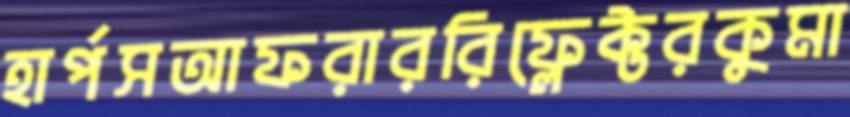
হার্পসআফরাররিফ্লেক্টরকুমা